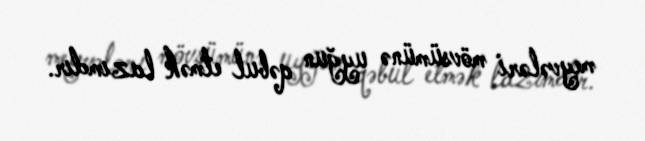
meyvələri mövsümünə uyğun qəbul etmək lazımdır.